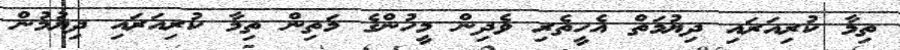
ތިމާ ކުރިއަރައި ދިޔުމަތް އެހީތެރި ވެދިން މީހުންގެ މަތިން ތިމާ ކުރިއަރައި ދިޔުމުން